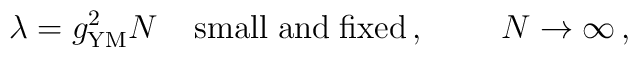
\lambda = g_{\rm YM}^2 N \; \;\; \;{\rm small \; and \; fixed} \, , \;\;\;\;\;\;\;\;N \rightarrow \infty \, , \;\;